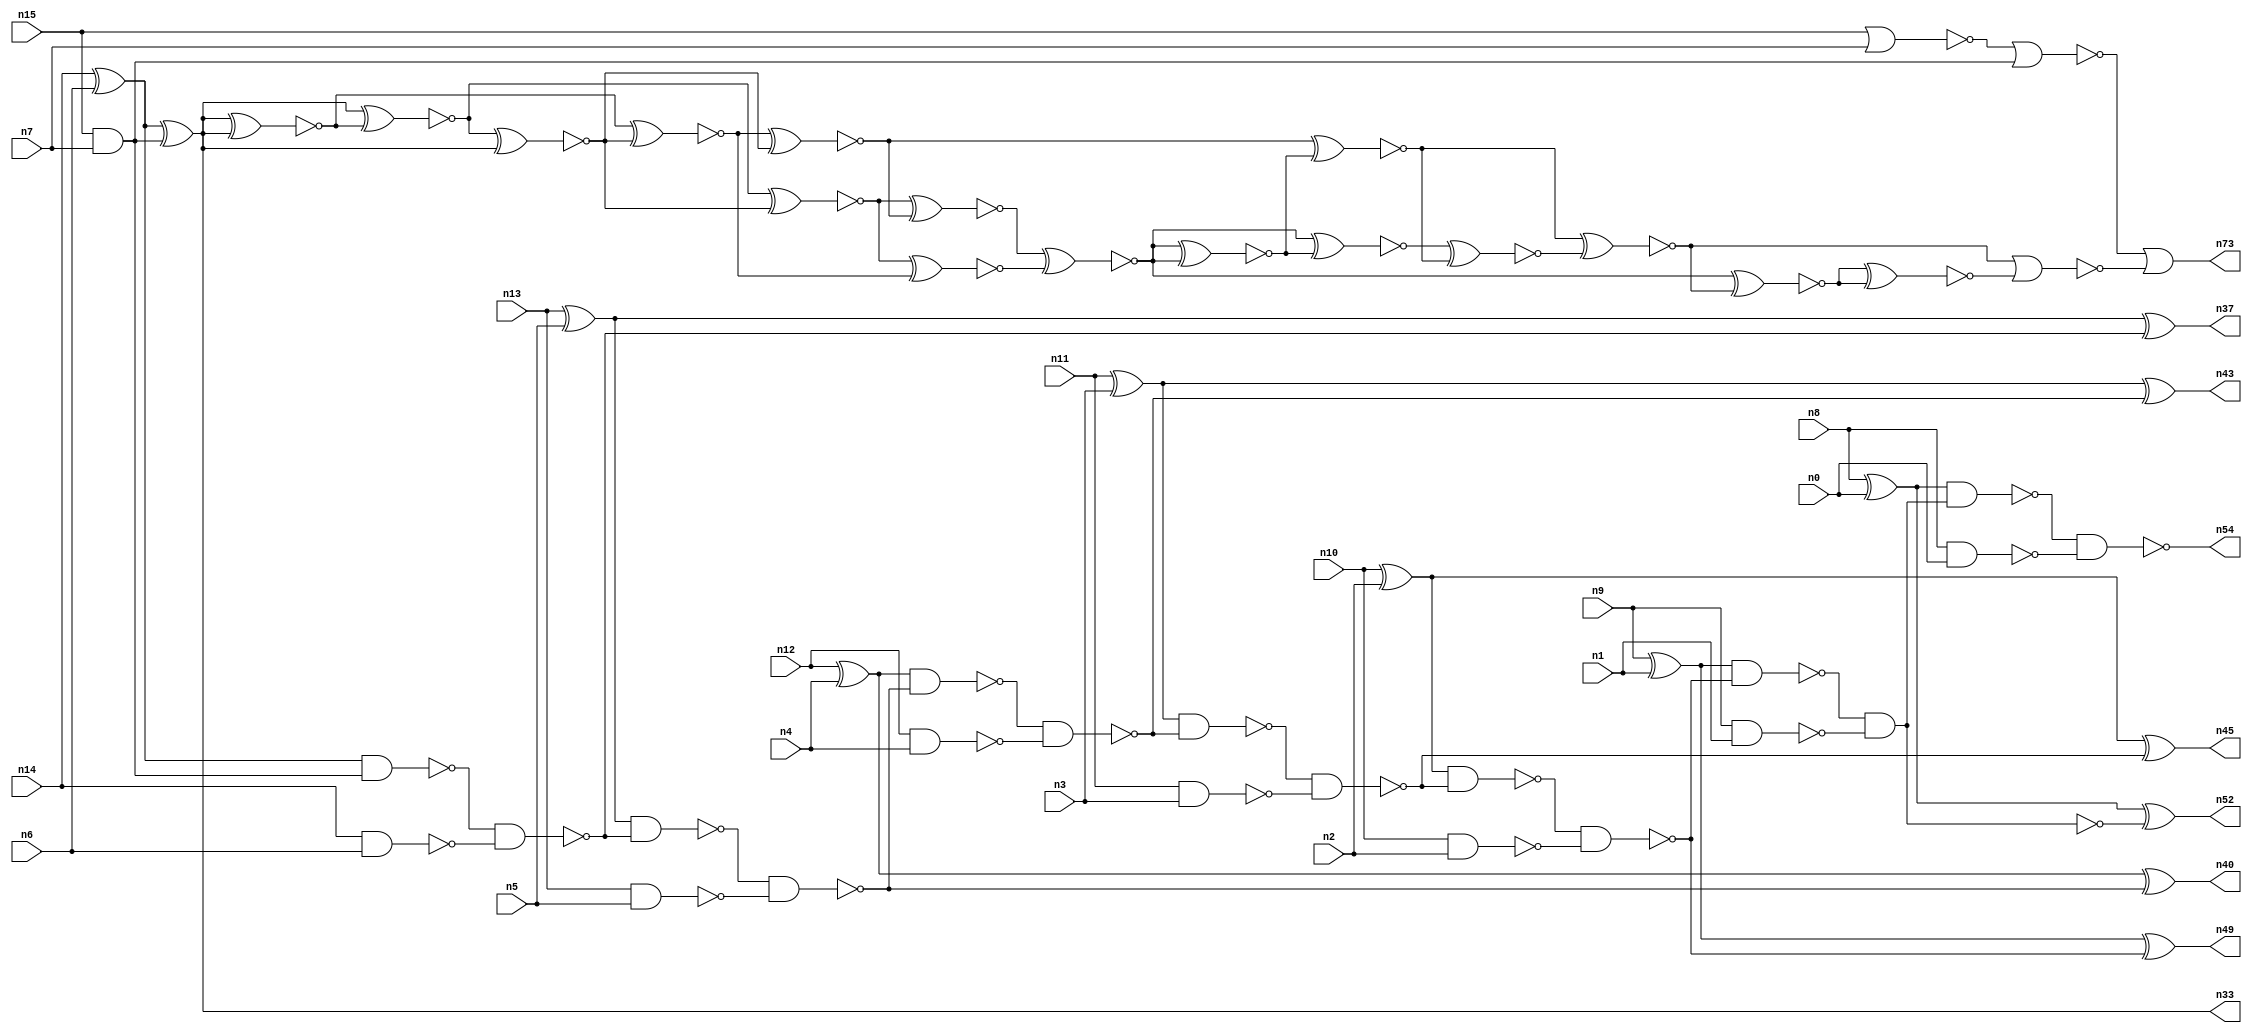
// This file contains a pareto-optimal circuit with respect to area and the fault-resilince parameter p_fault which is defined as:
// "For all input vectors, the ratio of the no. of faults observable at the POs to the no. of total possible faults in the circuit".
// This code is part of the ReCkt library (https://github.com/umar-afzaal/ReCkt) distributed under The MIT License.
// When used, please cite the following article(s):
// U. Afzaal, A.S. Hassan, M. Usman and J.A. Lee, "On the Evolutionary Synthesis of Increased Fault-resilience Arithmetic Circuits".

// p_fault = 65.6 %    (Lower is better)
// gates = 58.0
// levels = 17
// area = 84.21    (For MCNC library relative to nand2)
// power = 576.3 uW    (Berkely-SIS for MCNC library @ Vdd=5V and 20 MHz clock)
// delay = 34.9 ns    (Berkely-ABC for MCNC library)
// PDP = 2.01129e-11 J

// Pin mapping:
// {n0, n1, n2, n3, n4, n5, n6, n7} = A[7:0]
// {n8, n9, n10, n11, n12, n13, n14, n15} = B[7:0]
// {n54, n52, n49, n45, n43, n40, n37, n33, n73} = O[8:0]

module addr8s_area_38 (
n0, n1, n2, n3, n4, n5, n6, n7, n8, n9, n10, n11, n12, n13, n14, n15, 
n54, n52, n49, n45, n43, n40, n37, n33, n73
);

input n0, n1, n2, n3, n4, n5, n6, n7, n8, n9, n10, n11, n12, n13, n14, n15;
output n54, n52, n49, n45, n43, n40, n37, n33, n73;
wire n22, n42, n28, n21, n71, n72, n30, n16, n27, n24, n56, n66, n20, n53, n32, n64, n18, n67, n55, n63, 
n51, n70, n31, n39, n25, n58, n41, n26, n35, n29, n17, n38, n19, n34, n61, n62, n65, n50, n69, n46, 
n47, n59, n23, n36, n48, n57, n60, n68, n44;

xor (n16, n9, n1);
xor (n17, n10, n2);
xor (n18, n8, n0);
nand (n19, n14, n6);
nand (n20, n10, n2);
nand (n21, n13, n5);
and (n22, n15, n7);
nor (n23, n15, n7);
xor (n24, n13, n5);
xor (n25, n14, n6);
nand (n26, n12, n4);
xor (n27, n11, n3);
xor (n28, n12, n4);
nand (n29, n11, n3);
nand (n30, n9, n1);
nand (n31, n8, n0);
nand (n32, n25, n22);
xor (n33, n25, n22);
nor (n34, n23, n22);
nand (n35, n32, n19);
nand (n36, n24, n35);
xor (n37, n24, n35);
nand (n38, n36, n21);
nand (n39, n28, n38);
xor (n40, n28, n38);
nand (n41, n39, n26);
nand (n42, n27, n41);
xor (n43, n27, n41);
nand (n44, n42, n29);
xor (n45, n17, n44);
nand (n46, n17, n44);
nand (n47, n46, n20);
nand (n48, n16, n47);
xor (n49, n16, n47);
and (n50, n48, n30);
nand (n51, n48, n30);
xor (n52, n18, n51);
nand (n53, n18, n50);
nand (n54, n53, n31);
xnor (n55, n33, n33);
xnor (n56, n33, n55);
xnor (n57, n56, n33);
xnor (n58, n55, n57);
xnor (n59, n56, n57);
xnor (n60, n58, n57);
xnor (n61, n59, n58);
xnor (n62, n59, n60);
xnor (n63, n62, n61);
xnor (n64, n62, n61);
xnor (n65, n64, n63);
xnor (n66, n63, n65);
xnor (n67, n60, n65);
xnor (n68, n66, n67);
xnor (n69, n67, n68);
xnor (n70, n64, n69);
xnor (n71, n70, n70);
nor (n72, n69, n71);
or (n73, n34, n72);

endmodule